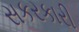
સકરકારી